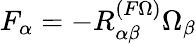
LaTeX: F_{\alpha}=-{R}_{\alpha\beta}^{(F\Omega)}\Omega_{\beta}